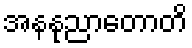
အနနုညာတောတိ